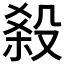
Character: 𣪩